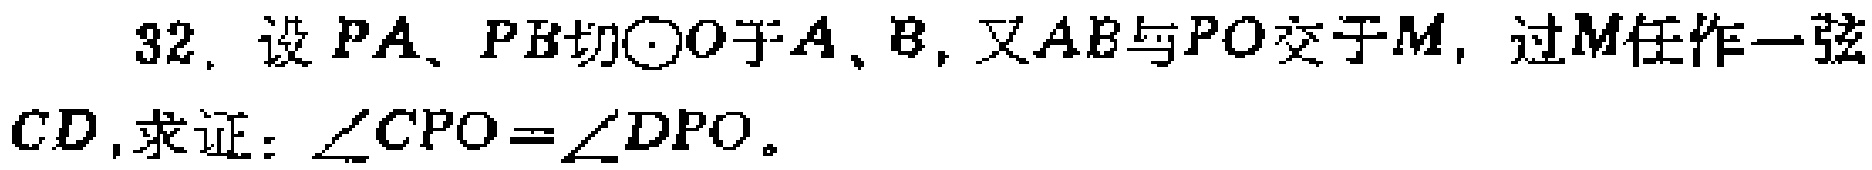
32. 设 \(PA\)、\(PB\)切\(\odot O\)于\(A\)、\(B\)，又\(AB\)与\(PO\)交于\(M\)，过\(M\)任作一弦\(CD\)，求证：\(\angle CPO = \angle DPO\)。